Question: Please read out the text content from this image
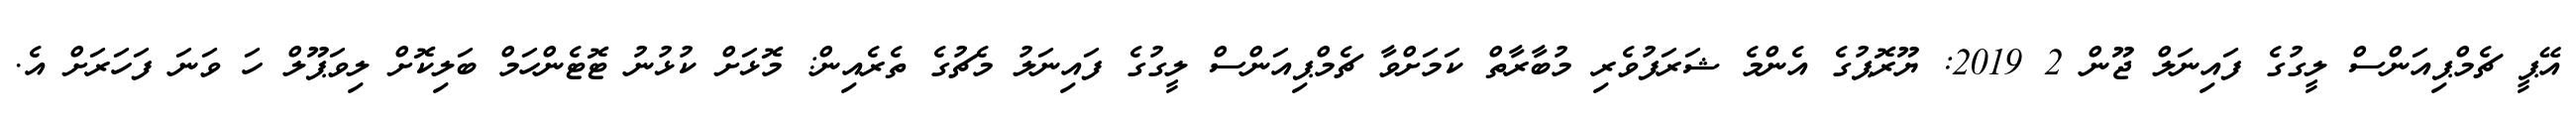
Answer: އޭޕީ ޗެމްޕިއަންސް ލީގުގެ ފައިނަލް ޖޫން 2 2019: ޔޫރޮޕުގެ އެންމެ ޝަރަފުވެރި މުބާރާތް ކަމަށްވާ ޗެމްޕިއަންސް ލީގުގެ ފައިނަލު މެޗުގެ ތެރެއިން: މޮޅަށް ކުޅުނު ޓޮޓެންހަމް ބަލިކޮށް ލިވަޕޫލް ހަ ވަނަ ފަހަރަށް އެ.